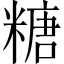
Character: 糖